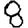
Digit: 8